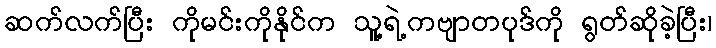
ဆက်လက်ပြီး ကိုမင်းကိုနိုင်က သူ့ရဲ့ကဗျာတပုဒ်ကို ရွတ်ဆိုခဲ့ပြီး၊